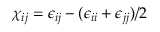
\chi _ { i j } = \epsilon _ { i j } - ( \epsilon _ { i i } + \epsilon _ { j j } ) / 2